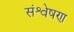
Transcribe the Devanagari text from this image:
संश्वेषण